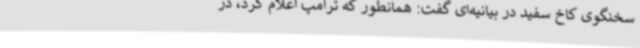
سخنگوی کاخ سفید در بیانیه‌ای گفت:‌ همانطور که ترامپ اعلام کرد، در